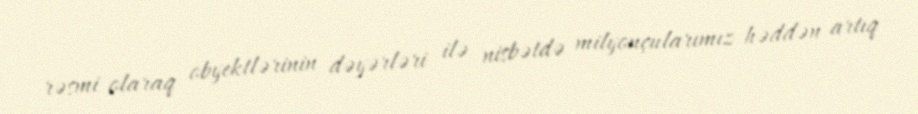
rəsmi olaraq obyektlərinin dəyərləri ilə nisbətdə milyonçularımız həddən artıq